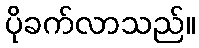
ပိုခက်လာသည်။